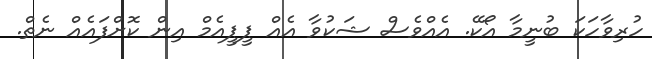
ހުރިވާހަކަ ބުނީމާ އޯކޭ. އެއްވެސް ޝަކުވާ އެއް ޕީޕީއެމް އިން ކޮށްފައެއް ނެތް.